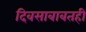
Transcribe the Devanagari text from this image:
दिवसाबाबतही